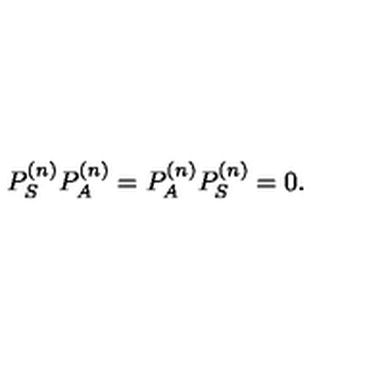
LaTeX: P _ { S } ^ { ( n ) } P _ { A } ^ { ( n ) } = P _ { A } ^ { ( n ) } P _ { S } ^ { ( n ) } = 0 .